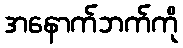
အနောက်ဘက်ကို